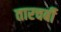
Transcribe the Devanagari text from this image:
तारचर्बी